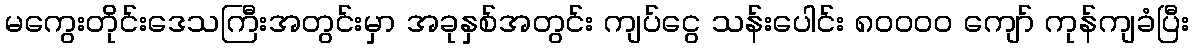
မကွေးတိုင်းဒေသကြီးအတွင်းမှာ အခုနှစ်အတွင်း ကျပ်ငွေ သန်းပေါင်း ၈၀၀၀၀ ကျော် ကုန်ကျခံပြီး